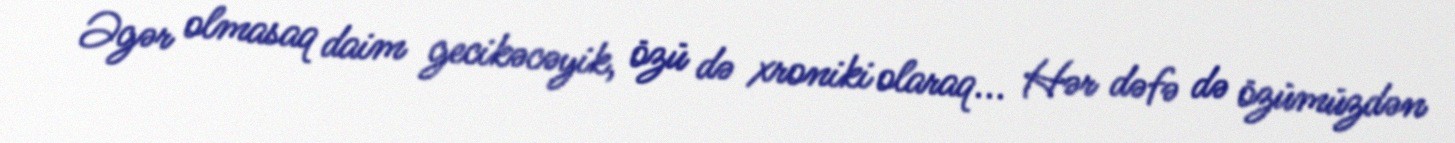
Əgər olmasaq daim gecikəcəyik, özü də xroniki olaraq... Hər dəfə də özümüzdən